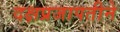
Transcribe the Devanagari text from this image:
दक्षप्रजापतीने